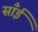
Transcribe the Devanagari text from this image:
साँईं